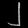
Digit: ၂